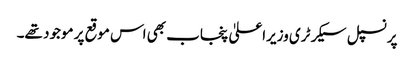
پرنسپل سیکرٹری وزیراعلیٰ پنجاب بھی اس موقع پر موجود تھے۔